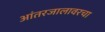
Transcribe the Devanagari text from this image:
आंतरजालावरचा